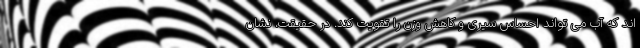
اند که آب می تواند احساس سیری و کاهش وزن را تقویت کند. در حقیقت، نشان